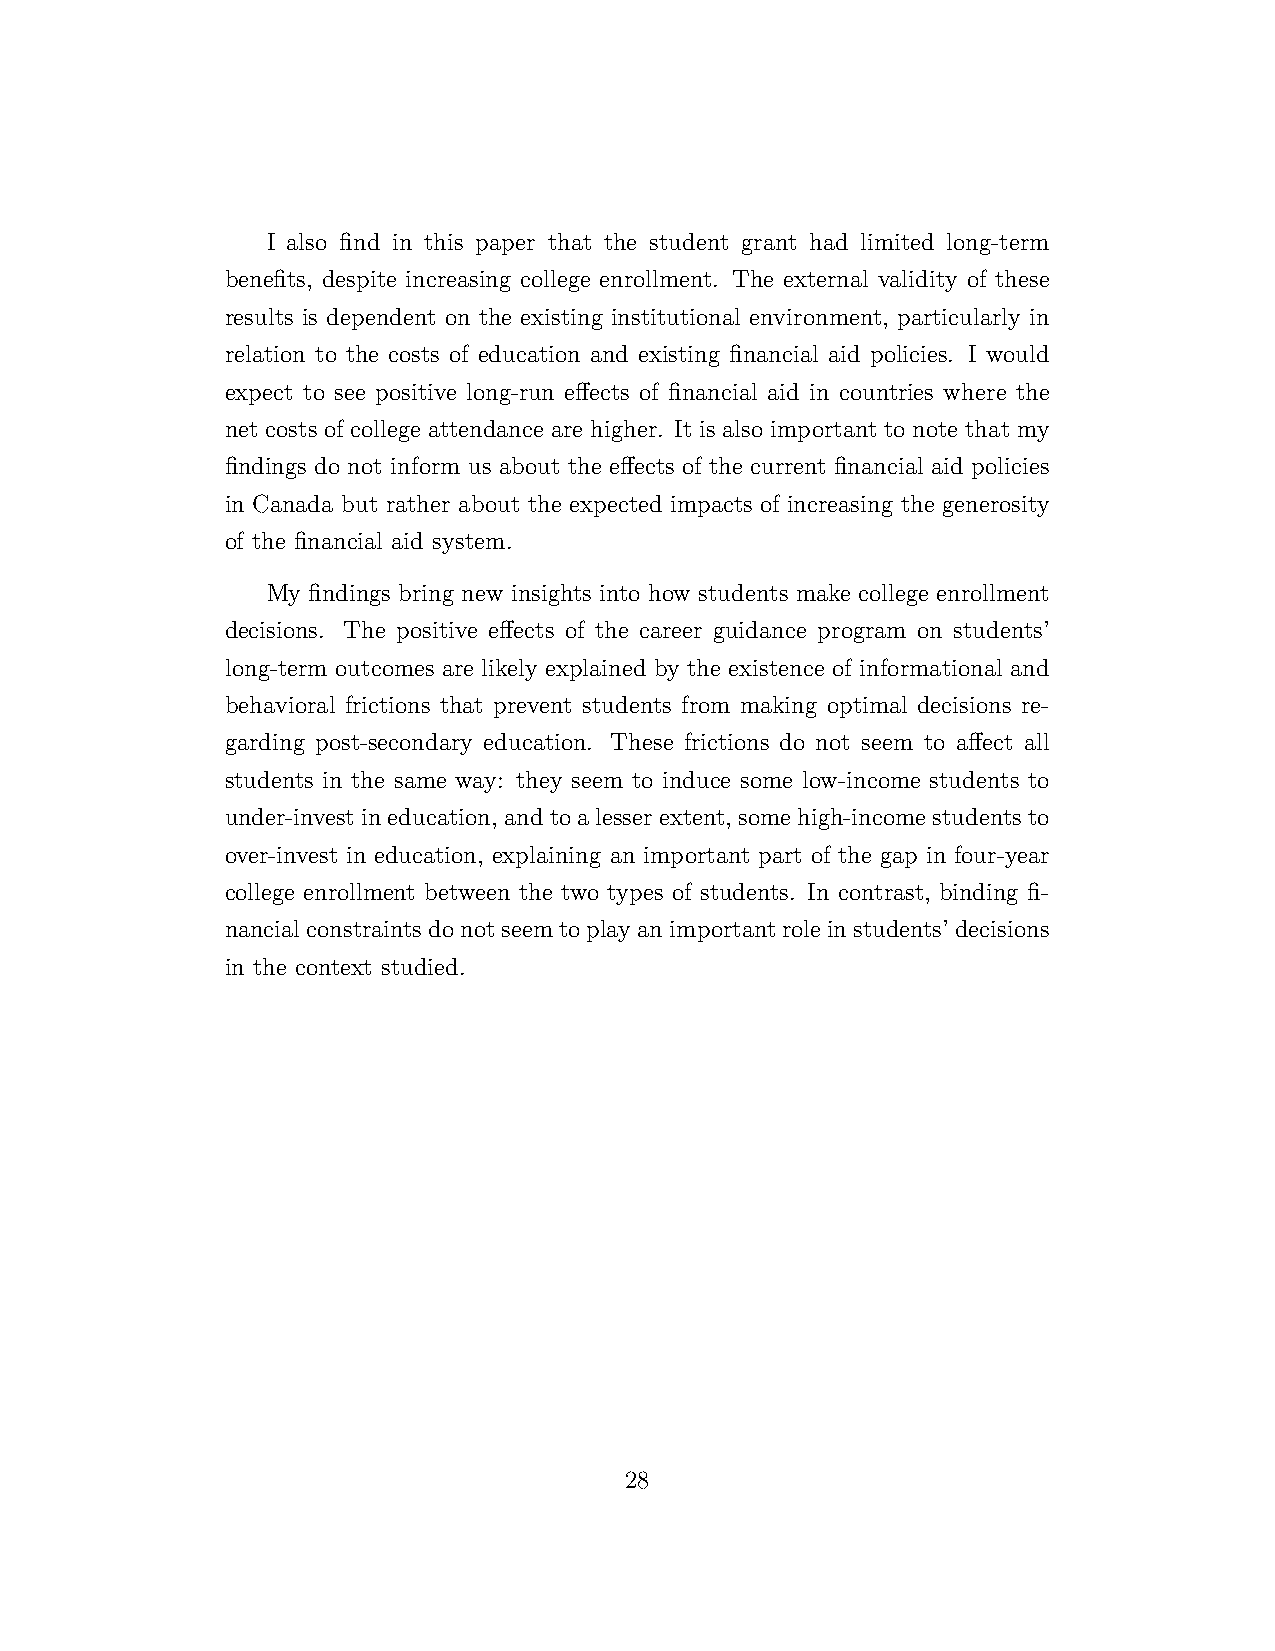
I also find in this paper that the student grant had limited long-term
 benefits, despite increasing college enrollment. The external validity of these
 results is dependent on the existing institutional environment, particularly in
 relation to the costs of education and existing financial aid policies. I would
 expect to see positive long-run effects of financial aid in countries where the
 net costs of college attendance are higher. It is also important to note that my
 findings do not inform us about the effects of the current financial aid policies
 in Canada but rather about the expected impacts of increasing the generosity
 of the financial aid system.
 My findings bring new insights into how students make college enrollment
 decisions. The positive effects of the career guidance program on students’
 long-term outcomes are likely explained by the existence of informational and
 behavioral frictions that prevent students from making optimal decisions re-
 garding post-secondary education. These frictions do not seem to affect all
 students in the same way: they seem to induce some low-income students to
 under-investineducation, andtoalesserextent, somehigh-incomestudentsto
 over-invest in education, explaining an important part of the gap in four-year
 college enrollment between the two types of students. In contrast, binding fi-
 nancialconstraintsdonotseemtoplayanimportantroleinstudents’decisions
 in the context studied.
 28